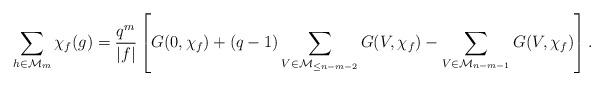
LaTeX: \begin{align*}\sum_{h \in \mathcal{M}_m} \chi_f(g) = \frac{q^m}{|f|} \left[ G(0,\chi_f) + (q-1) \sum_{V \in \mathcal{M}_{\leq n-m-2} } G(V,\chi_f) - \sum_{V \in \mathcal{M}_{n-m-1}} G(V,\chi_f) \right]. \end{align*}